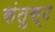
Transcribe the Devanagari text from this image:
संतुस्ट